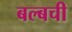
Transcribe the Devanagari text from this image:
बल्बची